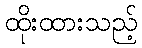
ထိုးထားသည့်